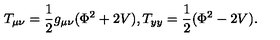
T _ { \mu \nu } = { \frac { 1 } { 2 } } g _ { \mu \nu } ( \Phi ^ { 2 } + 2 V ) , T _ { y y } = { \frac { 1 } { 2 } } ( \Phi ^ { 2 } - 2 V ) .